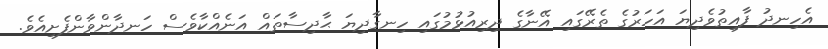
އެހިނދު ފާއިތުވެދިޔަ އަހަރުގެ ތެރޭގައި އޭނާގެ ދިރިއުޅުމުގައި ހިނގާދިޔަ ޙާދިސާތައް އަނެއްކާވެސް ހަނދާންވާންފެށިއެވެ.